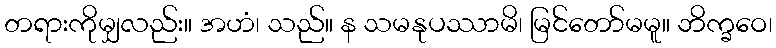
တရားကိုမျှလည်း။ အဟံ၊ သည်။ န သမနုပဿာမိ၊ မြင်တော်မမူ။ ဘိက္ခဝေ၊